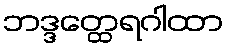
ဘဒ္ဒတ္ထေရဂါထာ